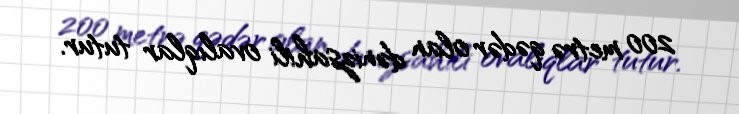
200 metrə qədər olan dənizsahili ovalıqlar tutur.